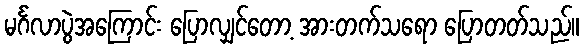
မင်္ဂလာပွဲအကြောင်း ပြောလျှင်တော့ အားတက်သရော ပြောတတ်သည်။